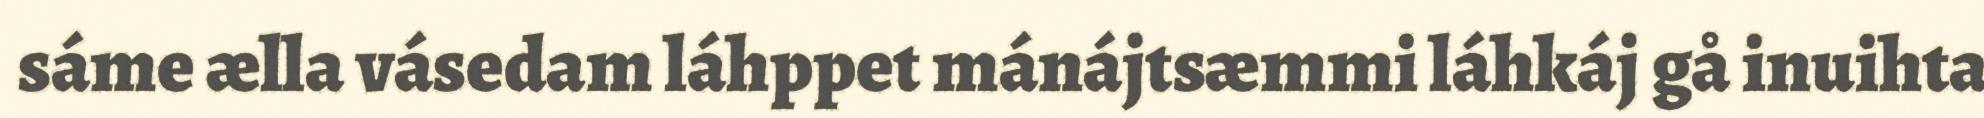
sáme ælla vásedam láhppet mánájtsæmmi láhkáj gå inuihta